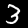
Label: 3